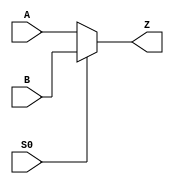
`timescale 1ns / 1ps
//////////////////////////////////////////////////////////////////////////////////
// Company: 
// Engineer: 
// 
// Design Name: 
// Module Name: code_Multiplex
// Project Name: 
// Target Devices: 
// Tool Versions: 
// Description: 
// 
// Dependencies: 
// 
// Revision:
// Revision 0.01 - File Created
// Additional Comments:
// 
//////////////////////////////////////////////////////////////////////////////////


module code_Multiplex(
    input A,
    input B,
    input S0,
    output Z
    );
    
    assign Z = ~S0 ? A : B;
endmodule